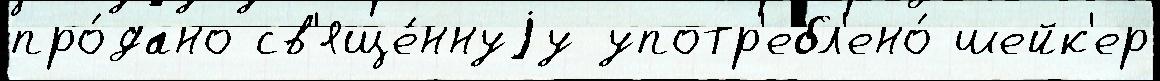
про́дано св'яще́ннуjу употр'ебл'ено́ шейк'ер